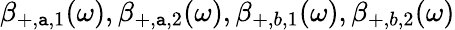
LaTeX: \beta_{+,\mathtt{a},1}(\omega),\beta_{+,\mathtt{a},2}(\omega),\beta_{+,b,1}(\omega),\beta_{+,b,2}(\omega)